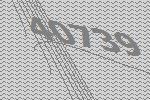
40739